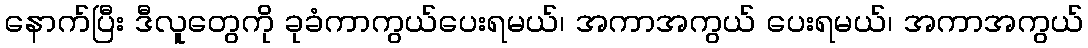
နောက်ပြီး ဒီလူတွေကို ခုခံကာကွယ်ပေးရမယ်၊ အကာအကွယ် ပေးရမယ်၊ အကာအကွယ်